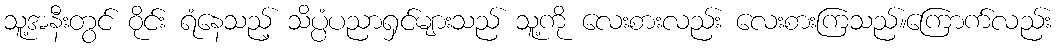
သူ့အနီးတွင် ဝိုင်း ရံနေသည့် သိပ္ပံပညာရှင်များသည် သူ့ကို လေးစားလည်း လေးစားကြသည်။ကြောက်လည်း